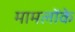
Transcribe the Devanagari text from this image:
मामलोंके